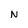
Character: N